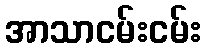
အာသာငမ်းငမ်း